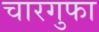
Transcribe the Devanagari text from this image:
चारगुफा